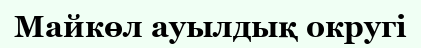
Майкөл ауылдық округі